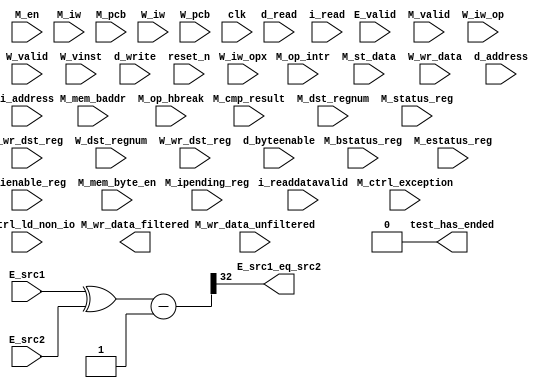
//Legal Notice: (C)2010 Altera Corporation. All rights reserved.  Your
//use of Altera Corporation's design tools, logic functions and other
//software and tools, and its AMPP partner logic functions, and any
//output files any of the foregoing (including device programming or
//simulation files), and any associated documentation or information are
//expressly subject to the terms and conditions of the Altera Program
//License Subscription Agreement or other applicable license agreement,
//including, without limitation, that your use is for the sole purpose
//of programming logic devices manufactured by Altera and sold by Altera
//or its authorized distributors.  Please refer to the applicable
//agreement for further details.


// turn off superfluous verilog processor warnings 
// altera message_level Level1 
// altera message_off 10034 10035 10036 10037 10230 10240 10030 

module cpu_0_test_bench (
                          // inputs:
                           E_src1,
                           E_src2,
                           E_valid,
                           M_bstatus_reg,
                           M_cmp_result,
                           M_ctrl_exception,
                           M_ctrl_ld_non_io,
                           M_dst_regnum,
                           M_en,
                           M_estatus_reg,
                           M_ienable_reg,
                           M_ipending_reg,
                           M_iw,
                           M_mem_baddr,
                           M_mem_byte_en,
                           M_op_hbreak,
                           M_op_intr,
                           M_pcb,
                           M_st_data,
                           M_status_reg,
                           M_valid,
                           M_wr_data_unfiltered,
                           M_wr_dst_reg,
                           W_dst_regnum,
                           W_iw,
                           W_iw_op,
                           W_iw_opx,
                           W_pcb,
                           W_valid,
                           W_vinst,
                           W_wr_data,
                           W_wr_dst_reg,
                           clk,
                           d_address,
                           d_byteenable,
                           d_read,
                           d_write,
                           i_address,
                           i_read,
                           i_readdatavalid,
                           reset_n,

                          // outputs:
                           E_src1_eq_src2,
                           M_wr_data_filtered,
                           test_has_ended
                        )
;

  output           E_src1_eq_src2;
  output  [ 31: 0] M_wr_data_filtered;
  output           test_has_ended;
  input   [ 31: 0] E_src1;
  input   [ 31: 0] E_src2;
  input            E_valid;
  input   [ 31: 0] M_bstatus_reg;
  input            M_cmp_result;
  input            M_ctrl_exception;
  input            M_ctrl_ld_non_io;
  input   [  4: 0] M_dst_regnum;
  input            M_en;
  input   [ 31: 0] M_estatus_reg;
  input   [ 31: 0] M_ienable_reg;
  input   [ 31: 0] M_ipending_reg;
  input   [ 31: 0] M_iw;
  input   [ 16: 0] M_mem_baddr;
  input   [  3: 0] M_mem_byte_en;
  input            M_op_hbreak;
  input            M_op_intr;
  input   [ 16: 0] M_pcb;
  input   [ 31: 0] M_st_data;
  input   [ 31: 0] M_status_reg;
  input            M_valid;
  input   [ 31: 0] M_wr_data_unfiltered;
  input            M_wr_dst_reg;
  input   [  4: 0] W_dst_regnum;
  input   [ 31: 0] W_iw;
  input   [  5: 0] W_iw_op;
  input   [  5: 0] W_iw_opx;
  input   [ 16: 0] W_pcb;
  input            W_valid;
  input   [ 55: 0] W_vinst;
  input   [ 31: 0] W_wr_data;
  input            W_wr_dst_reg;
  input            clk;
  input   [ 16: 0] d_address;
  input   [  3: 0] d_byteenable;
  input            d_read;
  input            d_write;
  input   [ 16: 0] i_address;
  input            i_read;
  input            i_readdatavalid;
  input            reset_n;

  wire             E_src1_eq_src2;
  wire    [ 32: 0] E_src1_src2_fast_cmp;
  reg     [ 16: 0] M_target_pcb;
  wire    [ 31: 0] M_wr_data_filtered;
  wire             M_wr_data_unfiltered_0_is_x;
  wire             M_wr_data_unfiltered_10_is_x;
  wire             M_wr_data_unfiltered_11_is_x;
  wire             M_wr_data_unfiltered_12_is_x;
  wire             M_wr_data_unfiltered_13_is_x;
  wire             M_wr_data_unfiltered_14_is_x;
  wire             M_wr_data_unfiltered_15_is_x;
  wire             M_wr_data_unfiltered_16_is_x;
  wire             M_wr_data_unfiltered_17_is_x;
  wire             M_wr_data_unfiltered_18_is_x;
  wire             M_wr_data_unfiltered_19_is_x;
  wire             M_wr_data_unfiltered_1_is_x;
  wire             M_wr_data_unfiltered_20_is_x;
  wire             M_wr_data_unfiltered_21_is_x;
  wire             M_wr_data_unfiltered_22_is_x;
  wire             M_wr_data_unfiltered_23_is_x;
  wire             M_wr_data_unfiltered_24_is_x;
  wire             M_wr_data_unfiltered_25_is_x;
  wire             M_wr_data_unfiltered_26_is_x;
  wire             M_wr_data_unfiltered_27_is_x;
  wire             M_wr_data_unfiltered_28_is_x;
  wire             M_wr_data_unfiltered_29_is_x;
  wire             M_wr_data_unfiltered_2_is_x;
  wire             M_wr_data_unfiltered_30_is_x;
  wire             M_wr_data_unfiltered_31_is_x;
  wire             M_wr_data_unfiltered_3_is_x;
  wire             M_wr_data_unfiltered_4_is_x;
  wire             M_wr_data_unfiltered_5_is_x;
  wire             M_wr_data_unfiltered_6_is_x;
  wire             M_wr_data_unfiltered_7_is_x;
  wire             M_wr_data_unfiltered_8_is_x;
  wire             M_wr_data_unfiltered_9_is_x;
  wire             W_op_add;
  wire             W_op_addi;
  wire             W_op_and;
  wire             W_op_andhi;
  wire             W_op_andi;
  wire             W_op_beq;
  wire             W_op_bge;
  wire             W_op_bgeu;
  wire             W_op_blt;
  wire             W_op_bltu;
  wire             W_op_bne;
  wire             W_op_br;
  wire             W_op_break;
  wire             W_op_bret;
  wire             W_op_call;
  wire             W_op_callr;
  wire             W_op_cmpeq;
  wire             W_op_cmpeqi;
  wire             W_op_cmpge;
  wire             W_op_cmpgei;
  wire             W_op_cmpgeu;
  wire             W_op_cmpgeui;
  wire             W_op_cmplt;
  wire             W_op_cmplti;
  wire             W_op_cmpltu;
  wire             W_op_cmpltui;
  wire             W_op_cmpne;
  wire             W_op_cmpnei;
  wire             W_op_crst;
  wire             W_op_custom;
  wire             W_op_div;
  wire             W_op_divu;
  wire             W_op_eret;
  wire             W_op_flushd;
  wire             W_op_flushda;
  wire             W_op_flushi;
  wire             W_op_flushp;
  wire             W_op_hbreak;
  wire             W_op_initd;
  wire             W_op_initda;
  wire             W_op_initi;
  wire             W_op_intr;
  wire             W_op_jmp;
  wire             W_op_jmpi;
  wire             W_op_ldb;
  wire             W_op_ldbio;
  wire             W_op_ldbu;
  wire             W_op_ldbuio;
  wire             W_op_ldh;
  wire             W_op_ldhio;
  wire             W_op_ldhu;
  wire             W_op_ldhuio;
  wire             W_op_ldl;
  wire             W_op_ldw;
  wire             W_op_ldwio;
  wire             W_op_mul;
  wire             W_op_muli;
  wire             W_op_mulxss;
  wire             W_op_mulxsu;
  wire             W_op_mulxuu;
  wire             W_op_nextpc;
  wire             W_op_nor;
  wire             W_op_opx;
  wire             W_op_or;
  wire             W_op_orhi;
  wire             W_op_ori;
  wire             W_op_rdctl;
  wire             W_op_rdprs;
  wire             W_op_ret;
  wire             W_op_rol;
  wire             W_op_roli;
  wire             W_op_ror;
  wire             W_op_rsv02;
  wire             W_op_rsv09;
  wire             W_op_rsv10;
  wire             W_op_rsv17;
  wire             W_op_rsv18;
  wire             W_op_rsv25;
  wire             W_op_rsv26;
  wire             W_op_rsv33;
  wire             W_op_rsv34;
  wire             W_op_rsv41;
  wire             W_op_rsv42;
  wire             W_op_rsv49;
  wire             W_op_rsv57;
  wire             W_op_rsv61;
  wire             W_op_rsv62;
  wire             W_op_rsv63;
  wire             W_op_rsvx00;
  wire             W_op_rsvx10;
  wire             W_op_rsvx15;
  wire             W_op_rsvx17;
  wire             W_op_rsvx21;
  wire             W_op_rsvx25;
  wire             W_op_rsvx33;
  wire             W_op_rsvx34;
  wire             W_op_rsvx35;
  wire             W_op_rsvx42;
  wire             W_op_rsvx43;
  wire             W_op_rsvx44;
  wire             W_op_rsvx47;
  wire             W_op_rsvx50;
  wire             W_op_rsvx51;
  wire             W_op_rsvx55;
  wire             W_op_rsvx56;
  wire             W_op_rsvx60;
  wire             W_op_rsvx63;
  wire             W_op_sll;
  wire             W_op_slli;
  wire             W_op_sra;
  wire             W_op_srai;
  wire             W_op_srl;
  wire             W_op_srli;
  wire             W_op_stb;
  wire             W_op_stbio;
  wire             W_op_stc;
  wire             W_op_sth;
  wire             W_op_sthio;
  wire             W_op_stw;
  wire             W_op_stwio;
  wire             W_op_sub;
  wire             W_op_sync;
  wire             W_op_trap;
  wire             W_op_wrctl;
  wire             W_op_wrprs;
  wire             W_op_xor;
  wire             W_op_xorhi;
  wire             W_op_xori;
  wire             test_has_ended;
  assign W_op_call = W_iw_op == 0;
  assign W_op_jmpi = W_iw_op == 1;
  assign W_op_ldbu = W_iw_op == 3;
  assign W_op_addi = W_iw_op == 4;
  assign W_op_stb = W_iw_op == 5;
  assign W_op_br = W_iw_op == 6;
  assign W_op_ldb = W_iw_op == 7;
  assign W_op_cmpgei = W_iw_op == 8;
  assign W_op_ldhu = W_iw_op == 11;
  assign W_op_andi = W_iw_op == 12;
  assign W_op_sth = W_iw_op == 13;
  assign W_op_bge = W_iw_op == 14;
  assign W_op_ldh = W_iw_op == 15;
  assign W_op_cmplti = W_iw_op == 16;
  assign W_op_initda = W_iw_op == 19;
  assign W_op_ori = W_iw_op == 20;
  assign W_op_stw = W_iw_op == 21;
  assign W_op_blt = W_iw_op == 22;
  assign W_op_ldw = W_iw_op == 23;
  assign W_op_cmpnei = W_iw_op == 24;
  assign W_op_flushda = W_iw_op == 27;
  assign W_op_xori = W_iw_op == 28;
  assign W_op_stc = W_iw_op == 29;
  assign W_op_bne = W_iw_op == 30;
  assign W_op_ldl = W_iw_op == 31;
  assign W_op_cmpeqi = W_iw_op == 32;
  assign W_op_ldbuio = W_iw_op == 35;
  assign W_op_muli = W_iw_op == 36;
  assign W_op_stbio = W_iw_op == 37;
  assign W_op_beq = W_iw_op == 38;
  assign W_op_ldbio = W_iw_op == 39;
  assign W_op_cmpgeui = W_iw_op == 40;
  assign W_op_ldhuio = W_iw_op == 43;
  assign W_op_andhi = W_iw_op == 44;
  assign W_op_sthio = W_iw_op == 45;
  assign W_op_bgeu = W_iw_op == 46;
  assign W_op_ldhio = W_iw_op == 47;
  assign W_op_cmpltui = W_iw_op == 48;
  assign W_op_initd = W_iw_op == 51;
  assign W_op_orhi = W_iw_op == 52;
  assign W_op_stwio = W_iw_op == 53;
  assign W_op_bltu = W_iw_op == 54;
  assign W_op_ldwio = W_iw_op == 55;
  assign W_op_rdprs = W_iw_op == 56;
  assign W_op_flushd = W_iw_op == 59;
  assign W_op_xorhi = W_iw_op == 60;
  assign W_op_rsv02 = W_iw_op == 2;
  assign W_op_rsv09 = W_iw_op == 9;
  assign W_op_rsv10 = W_iw_op == 10;
  assign W_op_rsv17 = W_iw_op == 17;
  assign W_op_rsv18 = W_iw_op == 18;
  assign W_op_rsv25 = W_iw_op == 25;
  assign W_op_rsv26 = W_iw_op == 26;
  assign W_op_rsv33 = W_iw_op == 33;
  assign W_op_rsv34 = W_iw_op == 34;
  assign W_op_rsv41 = W_iw_op == 41;
  assign W_op_rsv42 = W_iw_op == 42;
  assign W_op_rsv49 = W_iw_op == 49;
  assign W_op_rsv57 = W_iw_op == 57;
  assign W_op_rsv61 = W_iw_op == 61;
  assign W_op_rsv62 = W_iw_op == 62;
  assign W_op_rsv63 = W_iw_op == 63;
  assign W_op_eret = W_op_opx & (W_iw_opx == 1);
  assign W_op_roli = W_op_opx & (W_iw_opx == 2);
  assign W_op_rol = W_op_opx & (W_iw_opx == 3);
  assign W_op_flushp = W_op_opx & (W_iw_opx == 4);
  assign W_op_ret = W_op_opx & (W_iw_opx == 5);
  assign W_op_nor = W_op_opx & (W_iw_opx == 6);
  assign W_op_mulxuu = W_op_opx & (W_iw_opx == 7);
  assign W_op_cmpge = W_op_opx & (W_iw_opx == 8);
  assign W_op_bret = W_op_opx & (W_iw_opx == 9);
  assign W_op_ror = W_op_opx & (W_iw_opx == 11);
  assign W_op_flushi = W_op_opx & (W_iw_opx == 12);
  assign W_op_jmp = W_op_opx & (W_iw_opx == 13);
  assign W_op_and = W_op_opx & (W_iw_opx == 14);
  assign W_op_cmplt = W_op_opx & (W_iw_opx == 16);
  assign W_op_slli = W_op_opx & (W_iw_opx == 18);
  assign W_op_sll = W_op_opx & (W_iw_opx == 19);
  assign W_op_wrprs = W_op_opx & (W_iw_opx == 20);
  assign W_op_or = W_op_opx & (W_iw_opx == 22);
  assign W_op_mulxsu = W_op_opx & (W_iw_opx == 23);
  assign W_op_cmpne = W_op_opx & (W_iw_opx == 24);
  assign W_op_srli = W_op_opx & (W_iw_opx == 26);
  assign W_op_srl = W_op_opx & (W_iw_opx == 27);
  assign W_op_nextpc = W_op_opx & (W_iw_opx == 28);
  assign W_op_callr = W_op_opx & (W_iw_opx == 29);
  assign W_op_xor = W_op_opx & (W_iw_opx == 30);
  assign W_op_mulxss = W_op_opx & (W_iw_opx == 31);
  assign W_op_cmpeq = W_op_opx & (W_iw_opx == 32);
  assign W_op_divu = W_op_opx & (W_iw_opx == 36);
  assign W_op_div = W_op_opx & (W_iw_opx == 37);
  assign W_op_rdctl = W_op_opx & (W_iw_opx == 38);
  assign W_op_mul = W_op_opx & (W_iw_opx == 39);
  assign W_op_cmpgeu = W_op_opx & (W_iw_opx == 40);
  assign W_op_initi = W_op_opx & (W_iw_opx == 41);
  assign W_op_trap = W_op_opx & (W_iw_opx == 45);
  assign W_op_wrctl = W_op_opx & (W_iw_opx == 46);
  assign W_op_cmpltu = W_op_opx & (W_iw_opx == 48);
  assign W_op_add = W_op_opx & (W_iw_opx == 49);
  assign W_op_break = W_op_opx & (W_iw_opx == 52);
  assign W_op_hbreak = W_op_opx & (W_iw_opx == 53);
  assign W_op_sync = W_op_opx & (W_iw_opx == 54);
  assign W_op_sub = W_op_opx & (W_iw_opx == 57);
  assign W_op_srai = W_op_opx & (W_iw_opx == 58);
  assign W_op_sra = W_op_opx & (W_iw_opx == 59);
  assign W_op_intr = W_op_opx & (W_iw_opx == 61);
  assign W_op_crst = W_op_opx & (W_iw_opx == 62);
  assign W_op_rsvx00 = W_op_opx & (W_iw_opx == 0);
  assign W_op_rsvx10 = W_op_opx & (W_iw_opx == 10);
  assign W_op_rsvx15 = W_op_opx & (W_iw_opx == 15);
  assign W_op_rsvx17 = W_op_opx & (W_iw_opx == 17);
  assign W_op_rsvx21 = W_op_opx & (W_iw_opx == 21);
  assign W_op_rsvx25 = W_op_opx & (W_iw_opx == 25);
  assign W_op_rsvx33 = W_op_opx & (W_iw_opx == 33);
  assign W_op_rsvx34 = W_op_opx & (W_iw_opx == 34);
  assign W_op_rsvx35 = W_op_opx & (W_iw_opx == 35);
  assign W_op_rsvx42 = W_op_opx & (W_iw_opx == 42);
  assign W_op_rsvx43 = W_op_opx & (W_iw_opx == 43);
  assign W_op_rsvx44 = W_op_opx & (W_iw_opx == 44);
  assign W_op_rsvx47 = W_op_opx & (W_iw_opx == 47);
  assign W_op_rsvx50 = W_op_opx & (W_iw_opx == 50);
  assign W_op_rsvx51 = W_op_opx & (W_iw_opx == 51);
  assign W_op_rsvx55 = W_op_opx & (W_iw_opx == 55);
  assign W_op_rsvx56 = W_op_opx & (W_iw_opx == 56);
  assign W_op_rsvx60 = W_op_opx & (W_iw_opx == 60);
  assign W_op_rsvx63 = W_op_opx & (W_iw_opx == 63);
  assign W_op_opx = W_iw_op == 58;
  assign W_op_custom = W_iw_op == 50;
  always @(posedge clk or negedge reset_n)
    begin
      if (reset_n == 0)
          M_target_pcb <= 0;
      else if (M_en)
          M_target_pcb <= E_src1[16 : 0];
    end


  assign E_src1_src2_fast_cmp = {1'b0, E_src1 ^ E_src2} - 33'b1;
  assign E_src1_eq_src2 = E_src1_src2_fast_cmp[32];
  assign test_has_ended = 1'b0;

//synthesis translate_off
//////////////// SIMULATION-ONLY CONTENTS
  //Clearing 'X' data bits
  assign M_wr_data_unfiltered_0_is_x = ^(M_wr_data_unfiltered[0]) === 1'bx;

  assign M_wr_data_filtered[0] = (M_wr_data_unfiltered_0_is_x & (M_ctrl_ld_non_io)) ? 1'b0 : M_wr_data_unfiltered[0];
  assign M_wr_data_unfiltered_1_is_x = ^(M_wr_data_unfiltered[1]) === 1'bx;
  assign M_wr_data_filtered[1] = (M_wr_data_unfiltered_1_is_x & (M_ctrl_ld_non_io)) ? 1'b0 : M_wr_data_unfiltered[1];
  assign M_wr_data_unfiltered_2_is_x = ^(M_wr_data_unfiltered[2]) === 1'bx;
  assign M_wr_data_filtered[2] = (M_wr_data_unfiltered_2_is_x & (M_ctrl_ld_non_io)) ? 1'b0 : M_wr_data_unfiltered[2];
  assign M_wr_data_unfiltered_3_is_x = ^(M_wr_data_unfiltered[3]) === 1'bx;
  assign M_wr_data_filtered[3] = (M_wr_data_unfiltered_3_is_x & (M_ctrl_ld_non_io)) ? 1'b0 : M_wr_data_unfiltered[3];
  assign M_wr_data_unfiltered_4_is_x = ^(M_wr_data_unfiltered[4]) === 1'bx;
  assign M_wr_data_filtered[4] = (M_wr_data_unfiltered_4_is_x & (M_ctrl_ld_non_io)) ? 1'b0 : M_wr_data_unfiltered[4];
  assign M_wr_data_unfiltered_5_is_x = ^(M_wr_data_unfiltered[5]) === 1'bx;
  assign M_wr_data_filtered[5] = (M_wr_data_unfiltered_5_is_x & (M_ctrl_ld_non_io)) ? 1'b0 : M_wr_data_unfiltered[5];
  assign M_wr_data_unfiltered_6_is_x = ^(M_wr_data_unfiltered[6]) === 1'bx;
  assign M_wr_data_filtered[6] = (M_wr_data_unfiltered_6_is_x & (M_ctrl_ld_non_io)) ? 1'b0 : M_wr_data_unfiltered[6];
  assign M_wr_data_unfiltered_7_is_x = ^(M_wr_data_unfiltered[7]) === 1'bx;
  assign M_wr_data_filtered[7] = (M_wr_data_unfiltered_7_is_x & (M_ctrl_ld_non_io)) ? 1'b0 : M_wr_data_unfiltered[7];
  assign M_wr_data_unfiltered_8_is_x = ^(M_wr_data_unfiltered[8]) === 1'bx;
  assign M_wr_data_filtered[8] = (M_wr_data_unfiltered_8_is_x & (M_ctrl_ld_non_io)) ? 1'b0 : M_wr_data_unfiltered[8];
  assign M_wr_data_unfiltered_9_is_x = ^(M_wr_data_unfiltered[9]) === 1'bx;
  assign M_wr_data_filtered[9] = (M_wr_data_unfiltered_9_is_x & (M_ctrl_ld_non_io)) ? 1'b0 : M_wr_data_unfiltered[9];
  assign M_wr_data_unfiltered_10_is_x = ^(M_wr_data_unfiltered[10]) === 1'bx;
  assign M_wr_data_filtered[10] = (M_wr_data_unfiltered_10_is_x & (M_ctrl_ld_non_io)) ? 1'b0 : M_wr_data_unfiltered[10];
  assign M_wr_data_unfiltered_11_is_x = ^(M_wr_data_unfiltered[11]) === 1'bx;
  assign M_wr_data_filtered[11] = (M_wr_data_unfiltered_11_is_x & (M_ctrl_ld_non_io)) ? 1'b0 : M_wr_data_unfiltered[11];
  assign M_wr_data_unfiltered_12_is_x = ^(M_wr_data_unfiltered[12]) === 1'bx;
  assign M_wr_data_filtered[12] = (M_wr_data_unfiltered_12_is_x & (M_ctrl_ld_non_io)) ? 1'b0 : M_wr_data_unfiltered[12];
  assign M_wr_data_unfiltered_13_is_x = ^(M_wr_data_unfiltered[13]) === 1'bx;
  assign M_wr_data_filtered[13] = (M_wr_data_unfiltered_13_is_x & (M_ctrl_ld_non_io)) ? 1'b0 : M_wr_data_unfiltered[13];
  assign M_wr_data_unfiltered_14_is_x = ^(M_wr_data_unfiltered[14]) === 1'bx;
  assign M_wr_data_filtered[14] = (M_wr_data_unfiltered_14_is_x & (M_ctrl_ld_non_io)) ? 1'b0 : M_wr_data_unfiltered[14];
  assign M_wr_data_unfiltered_15_is_x = ^(M_wr_data_unfiltered[15]) === 1'bx;
  assign M_wr_data_filtered[15] = (M_wr_data_unfiltered_15_is_x & (M_ctrl_ld_non_io)) ? 1'b0 : M_wr_data_unfiltered[15];
  assign M_wr_data_unfiltered_16_is_x = ^(M_wr_data_unfiltered[16]) === 1'bx;
  assign M_wr_data_filtered[16] = (M_wr_data_unfiltered_16_is_x & (M_ctrl_ld_non_io)) ? 1'b0 : M_wr_data_unfiltered[16];
  assign M_wr_data_unfiltered_17_is_x = ^(M_wr_data_unfiltered[17]) === 1'bx;
  assign M_wr_data_filtered[17] = (M_wr_data_unfiltered_17_is_x & (M_ctrl_ld_non_io)) ? 1'b0 : M_wr_data_unfiltered[17];
  assign M_wr_data_unfiltered_18_is_x = ^(M_wr_data_unfiltered[18]) === 1'bx;
  assign M_wr_data_filtered[18] = (M_wr_data_unfiltered_18_is_x & (M_ctrl_ld_non_io)) ? 1'b0 : M_wr_data_unfiltered[18];
  assign M_wr_data_unfiltered_19_is_x = ^(M_wr_data_unfiltered[19]) === 1'bx;
  assign M_wr_data_filtered[19] = (M_wr_data_unfiltered_19_is_x & (M_ctrl_ld_non_io)) ? 1'b0 : M_wr_data_unfiltered[19];
  assign M_wr_data_unfiltered_20_is_x = ^(M_wr_data_unfiltered[20]) === 1'bx;
  assign M_wr_data_filtered[20] = (M_wr_data_unfiltered_20_is_x & (M_ctrl_ld_non_io)) ? 1'b0 : M_wr_data_unfiltered[20];
  assign M_wr_data_unfiltered_21_is_x = ^(M_wr_data_unfiltered[21]) === 1'bx;
  assign M_wr_data_filtered[21] = (M_wr_data_unfiltered_21_is_x & (M_ctrl_ld_non_io)) ? 1'b0 : M_wr_data_unfiltered[21];
  assign M_wr_data_unfiltered_22_is_x = ^(M_wr_data_unfiltered[22]) === 1'bx;
  assign M_wr_data_filtered[22] = (M_wr_data_unfiltered_22_is_x & (M_ctrl_ld_non_io)) ? 1'b0 : M_wr_data_unfiltered[22];
  assign M_wr_data_unfiltered_23_is_x = ^(M_wr_data_unfiltered[23]) === 1'bx;
  assign M_wr_data_filtered[23] = (M_wr_data_unfiltered_23_is_x & (M_ctrl_ld_non_io)) ? 1'b0 : M_wr_data_unfiltered[23];
  assign M_wr_data_unfiltered_24_is_x = ^(M_wr_data_unfiltered[24]) === 1'bx;
  assign M_wr_data_filtered[24] = (M_wr_data_unfiltered_24_is_x & (M_ctrl_ld_non_io)) ? 1'b0 : M_wr_data_unfiltered[24];
  assign M_wr_data_unfiltered_25_is_x = ^(M_wr_data_unfiltered[25]) === 1'bx;
  assign M_wr_data_filtered[25] = (M_wr_data_unfiltered_25_is_x & (M_ctrl_ld_non_io)) ? 1'b0 : M_wr_data_unfiltered[25];
  assign M_wr_data_unfiltered_26_is_x = ^(M_wr_data_unfiltered[26]) === 1'bx;
  assign M_wr_data_filtered[26] = (M_wr_data_unfiltered_26_is_x & (M_ctrl_ld_non_io)) ? 1'b0 : M_wr_data_unfiltered[26];
  assign M_wr_data_unfiltered_27_is_x = ^(M_wr_data_unfiltered[27]) === 1'bx;
  assign M_wr_data_filtered[27] = (M_wr_data_unfiltered_27_is_x & (M_ctrl_ld_non_io)) ? 1'b0 : M_wr_data_unfiltered[27];
  assign M_wr_data_unfiltered_28_is_x = ^(M_wr_data_unfiltered[28]) === 1'bx;
  assign M_wr_data_filtered[28] = (M_wr_data_unfiltered_28_is_x & (M_ctrl_ld_non_io)) ? 1'b0 : M_wr_data_unfiltered[28];
  assign M_wr_data_unfiltered_29_is_x = ^(M_wr_data_unfiltered[29]) === 1'bx;
  assign M_wr_data_filtered[29] = (M_wr_data_unfiltered_29_is_x & (M_ctrl_ld_non_io)) ? 1'b0 : M_wr_data_unfiltered[29];
  assign M_wr_data_unfiltered_30_is_x = ^(M_wr_data_unfiltered[30]) === 1'bx;
  assign M_wr_data_filtered[30] = (M_wr_data_unfiltered_30_is_x & (M_ctrl_ld_non_io)) ? 1'b0 : M_wr_data_unfiltered[30];
  assign M_wr_data_unfiltered_31_is_x = ^(M_wr_data_unfiltered[31]) === 1'bx;
  assign M_wr_data_filtered[31] = (M_wr_data_unfiltered_31_is_x & (M_ctrl_ld_non_io)) ? 1'b0 : M_wr_data_unfiltered[31];
  always @(posedge clk)
    begin
      if (reset_n)
          if (^(W_wr_dst_reg) === 1'bx)
            begin
              $write("%0d ns: ERROR: cpu_0_test_bench/W_wr_dst_reg is 'x'\n", $time);
              $stop;
            end
    end


  always @(posedge clk or negedge reset_n)
    begin
      if (reset_n == 0)
        begin
        end
      else if (W_wr_dst_reg)
          if (^(W_dst_regnum) === 1'bx)
            begin
              $write("%0d ns: ERROR: cpu_0_test_bench/W_dst_regnum is 'x'\n", $time);
              $stop;
            end
    end


  always @(posedge clk or negedge reset_n)
    begin
      if (reset_n == 0)
        begin
        end
      else if (W_wr_dst_reg)
          if (^(W_wr_data) === 1'bx)
            begin
              $write("%0d ns: ERROR: cpu_0_test_bench/W_wr_data is 'x'\n", $time);
              $stop;
            end
    end


  always @(posedge clk)
    begin
      if (reset_n)
          if (^(W_valid) === 1'bx)
            begin
              $write("%0d ns: ERROR: cpu_0_test_bench/W_valid is 'x'\n", $time);
              $stop;
            end
    end


  always @(posedge clk or negedge reset_n)
    begin
      if (reset_n == 0)
        begin
        end
      else if (W_valid)
          if (^(W_pcb) === 1'bx)
            begin
              $write("%0d ns: ERROR: cpu_0_test_bench/W_pcb is 'x'\n", $time);
              $stop;
            end
    end


  always @(posedge clk or negedge reset_n)
    begin
      if (reset_n == 0)
        begin
        end
      else if (W_valid)
          if (^(W_iw) === 1'bx)
            begin
              $write("%0d ns: ERROR: cpu_0_test_bench/W_iw is 'x'\n", $time);
              $stop;
            end
    end


  always @(posedge clk)
    begin
      if (reset_n)
          if (^(M_en) === 1'bx)
            begin
              $write("%0d ns: ERROR: cpu_0_test_bench/M_en is 'x'\n", $time);
              $stop;
            end
    end


  always @(posedge clk)
    begin
      if (reset_n)
          if (^(E_valid) === 1'bx)
            begin
              $write("%0d ns: ERROR: cpu_0_test_bench/E_valid is 'x'\n", $time);
              $stop;
            end
    end


  always @(posedge clk)
    begin
      if (reset_n)
          if (^(M_valid) === 1'bx)
            begin
              $write("%0d ns: ERROR: cpu_0_test_bench/M_valid is 'x'\n", $time);
              $stop;
            end
    end


  always @(posedge clk or negedge reset_n)
    begin
      if (reset_n == 0)
        begin
        end
      else if (M_valid & M_en & M_wr_dst_reg)
          if (^(M_wr_data_unfiltered) === 1'bx)
            begin
              $write("%0d ns: WARNING: cpu_0_test_bench/M_wr_data_unfiltered is 'x'\n", $time);
            end
    end


  always @(posedge clk)
    begin
      if (reset_n)
          if (^(i_read) === 1'bx)
            begin
              $write("%0d ns: ERROR: cpu_0_test_bench/i_read is 'x'\n", $time);
              $stop;
            end
    end


  always @(posedge clk or negedge reset_n)
    begin
      if (reset_n == 0)
        begin
        end
      else if (i_read)
          if (^(i_address) === 1'bx)
            begin
              $write("%0d ns: ERROR: cpu_0_test_bench/i_address is 'x'\n", $time);
              $stop;
            end
    end


  always @(posedge clk)
    begin
      if (reset_n)
          if (^(i_readdatavalid) === 1'bx)
            begin
              $write("%0d ns: ERROR: cpu_0_test_bench/i_readdatavalid is 'x'\n", $time);
              $stop;
            end
    end


  always @(posedge clk)
    begin
      if (reset_n)
          if (^(d_write) === 1'bx)
            begin
              $write("%0d ns: ERROR: cpu_0_test_bench/d_write is 'x'\n", $time);
              $stop;
            end
    end


  always @(posedge clk or negedge reset_n)
    begin
      if (reset_n == 0)
        begin
        end
      else if (d_write)
          if (^(d_byteenable) === 1'bx)
            begin
              $write("%0d ns: ERROR: cpu_0_test_bench/d_byteenable is 'x'\n", $time);
              $stop;
            end
    end


  always @(posedge clk or negedge reset_n)
    begin
      if (reset_n == 0)
        begin
        end
      else if (d_write | d_read)
          if (^(d_address) === 1'bx)
            begin
              $write("%0d ns: ERROR: cpu_0_test_bench/d_address is 'x'\n", $time);
              $stop;
            end
    end


  always @(posedge clk)
    begin
      if (reset_n)
          if (^(d_read) === 1'bx)
            begin
              $write("%0d ns: ERROR: cpu_0_test_bench/d_read is 'x'\n", $time);
              $stop;
            end
    end


  
  reg [31:0] trace_handle; // for $fopen
  initial  
  begin
    trace_handle = $fopen("cpu_0.tr");
    $fwrite(trace_handle, "version 3\nnumThreads 1\n");
  end
  always @(posedge clk)
    begin
      if ((~reset_n || (M_valid & M_en)) && ~test_has_ended)
          $fwrite(trace_handle, "%0d ns: %0h,%0h,%0h,%0h,%0h,%0h,%0h,%0h,%0h,%0h,%0h,%0h,%0h,%0h,%0h,%0h,%0h,%0h,%0h,%0h,%0h,%0h,%0h,%0h,%0h,%0h,%0h,%0h,%0h,%0h,%0h,%0h,%0h,%0h,%0h,%0h\n", $time, ~reset_n, M_pcb, 0, M_op_intr, M_op_hbreak, M_iw, ~(M_op_intr | M_op_hbreak), M_wr_dst_reg, M_dst_regnum, 0, M_wr_data_filtered, M_mem_baddr, M_st_data, M_mem_byte_en, M_cmp_result, M_target_pcb, M_status_reg, M_estatus_reg, M_bstatus_reg, M_ienable_reg, M_ipending_reg, 0, 0, 0, 0, 0, 0, 0, 0, 0, 0, M_ctrl_exception, 0, 0, 0, 0);
    end



//////////////// END SIMULATION-ONLY CONTENTS

//synthesis translate_on
//synthesis read_comments_as_HDL on
//  
//  assign M_wr_data_filtered = M_wr_data_unfiltered;
//
//synthesis read_comments_as_HDL off

endmodule